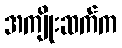
အကျိုးဆက်က